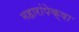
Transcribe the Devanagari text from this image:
महारांपेक्षा